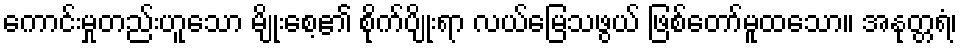
ကောင်းမှုတည်းဟူသော မျိုးစေ့၏ စိုက်ပျိုးရာ လယ်မြေသဖွယ် ဖြစ်တော်မူထသော။ အနုတ္တရံ၊